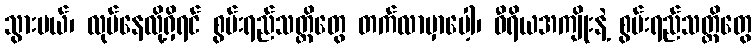
သွားမယ်၊ လုပ်နေလို့ရှိရင် စွမ်းရည်သတ္တိတွေ တက်လာမှာပေါ့၊ ဝီရိယအကျိုးနဲ့ စွမ်းရည်သတ္တိတွေ